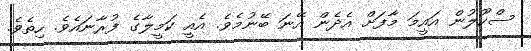
ސްކޫލުން އައީމަ މާފަށް އެދެން އޭނަ ބޭނުމެވެ. އެއީ ކަމީލާގެ ފުރާނައެވެ. ހިތެވެ.